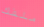
ملفك